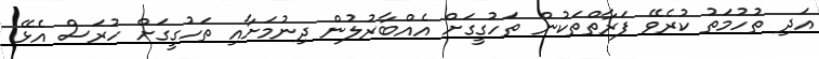
އަދި ތުހުމަތު ކުރެވޭ ފަރާތްތަކުން ތަހުގީގަށް އެއްބާރުލުން ދިނުމަށާއި ތަހުގީގަށް ހުރަސް އެޅޭ